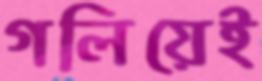
গলিয়েই